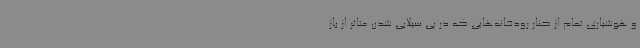
و هوشیاری تمام از کنار رودخانه‌هایی که در پی سیلابی شدن متاثر از باز